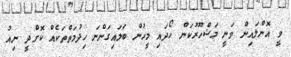
ވީ އޮންލައިން ވަނީ މަޝްހޫރުކަން ހޯދައި މީހުން ބަލައިގަންނަ ހިދުމަތްތަކެއް ކޮށްދީ ނިއު